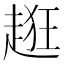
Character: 𧻺